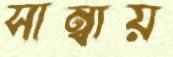
সাম্বায়